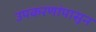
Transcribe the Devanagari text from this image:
उपकरणांपासून